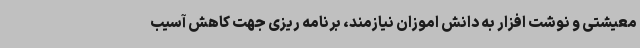
معیشتی و نوشت افزار به دانش اموزان نیازمند، برنامه ریزی جهت کاهش آسیب